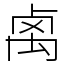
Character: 𥜽